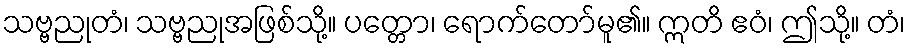
သဗ္ဗညုတံ၊ သဗ္ဗညုအဖြစ်သို့။ ပတ္တော၊ ရောက်တော်မူ၏။ ဣတိ ဧဝံ၊ ဤသို့။ တံ၊